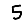
Digit: 5